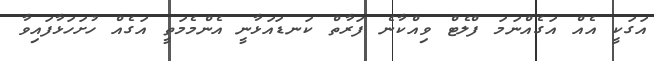
އަގަކީ އެއް އަގެއްނަމަ ފްލެޓް ވިއްކާނެ ފަރާތް ކަނޑައަޅާނީ އެންމެމަތީ އަގެއް ހުށަހަޅާފައިވާ